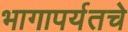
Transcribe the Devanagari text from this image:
भागापर्यतचे